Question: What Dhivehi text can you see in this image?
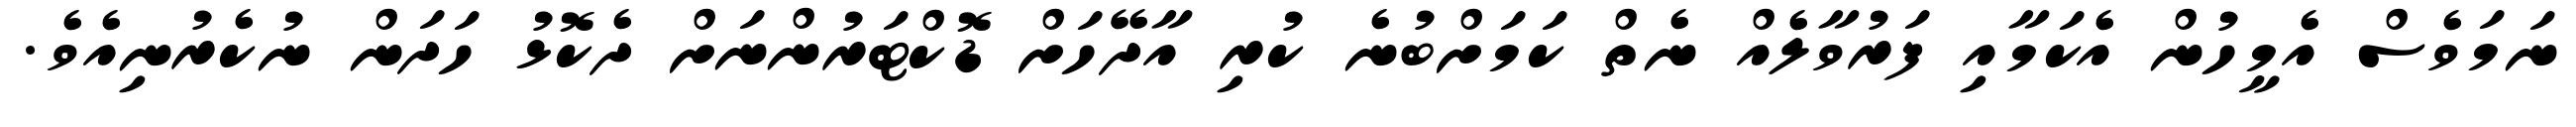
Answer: ނަމަވެސް އެމީހުން އެކަމާއި ފަރުވާލެއް ނެތް ކަމަށްބުނެ ކުރި އާދޭހަށް ޑޮކްޓަރުންނަށް ދެކޮޅު ހަދަން ނުކެރުނިއެވެ.